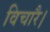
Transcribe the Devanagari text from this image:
विचारै।